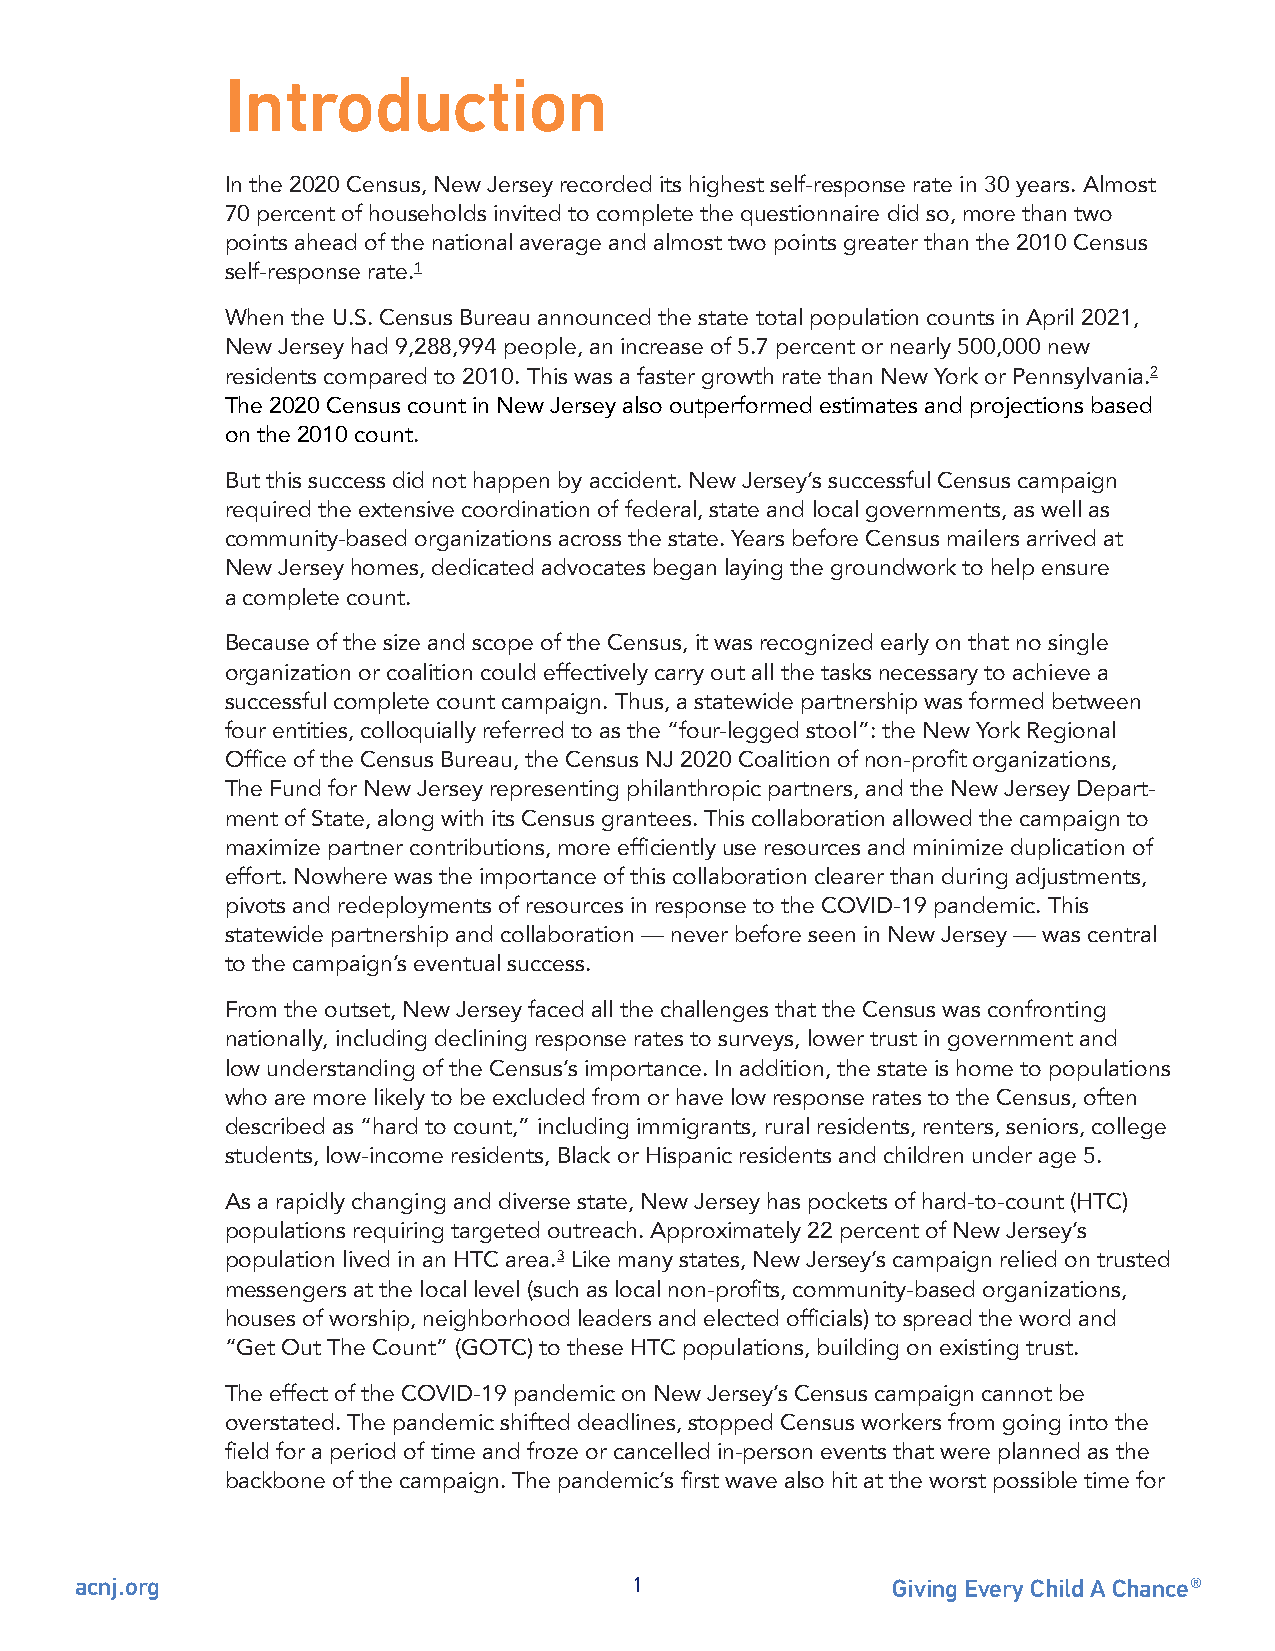
Introduction
 In the 2020 Census, New Jersey recorded its highest self-response rate in 30 years. Almost
 70 percent of households invited to complete the questionnaire did so, more than two
 points ahead of the national average and almost two points greater than the 2010 Census
 self-response rate.1
 When the U.S. Census Bureau announced the state total population counts in April 2021,
 New Jersey had 9,288,994 people, an increase of 5.7 percent or nearly 500,000 new
 residents compared to 2010. This was a faster growth rate than New York or Pennsylvania.2
 The 2020 Census count in New Jersey also outperformed estimates and projections based
 on the 2010 count.
 But this success did not happen by accident. New Jersey’s successful Census campaign
 required the extensive coordination of federal, state and local governments, as well as
 community-based organizations across the state. Years before Census mailers arrived at
 New Jersey homes, dedicated advocates began laying the groundwork to help ensure
 a complete count.
 Because of the size and scope of the Census, it was recognized early on that no single
 organization or coalition could effectively carry out all the tasks necessary to achieve a
 successful complete count campaign. Thus, a statewide partnership was formed between
 four entities, colloquially referred to as the “four-legged stool”: the New York Regional
 Office of the Census Bureau, the Census NJ 2020 Coalition of non-profit organizations,
 The Fund for New Jersey representing philanthropic partners, and the New Jersey Depart-
 ment of State, along with its Census grantees. This collaboration allowed the campaign to
 maximize partner contributions, more efficiently use resources and minimize duplication of
 effort. Nowhere was the importance of this collaboration clearer than during adjustments,
 pivots and redeployments of resources in response to the COVID-19 pandemic. This
 statewide partnership and collaboration — never before seen in New Jersey — was central
 to the campaign’s eventual success.
 From the outset, New Jersey faced all the challenges that the Census was confronting
 nationally, including declining response rates to surveys, lower trust in government and
 low understanding of the Census’s importance. In addition, the state is home to populations
 who are more likely to be excluded from or have low response rates to the Census, often
 described as “hard to count,” including immigrants, rural residents, renters, seniors, college
 students, low-income residents, Black or Hispanic residents and children under age 5.
 As a rapidly changing and diverse state, New Jersey has pockets of hard-to-count (HTC)
 populations requiring targeted outreach. Approximately 22 percent of New Jersey’s
 population lived in an HTC area.3 Like many states, New Jersey’s campaign relied on trusted
 messengers at the local level (such as local non-profits, community-based organizations,
 houses of worship, neighborhood leaders and elected officials) to spread the word and
 “Get Out The Count” (GOTC) to these HTC populations, building on existing trust.
 The effect of the COVID-19 pandemic on New Jersey’s Census campaign cannot be
 overstated. The pandemic shifted deadlines, stopped Census workers from going into the
 field for a period of time and froze or cancelled in-person events that were planned as the
 backbone of the campaign. The pandemic’s first wave also hit at the worst possible time for
 acnj.org                             1                Giving Every Child A Chance®